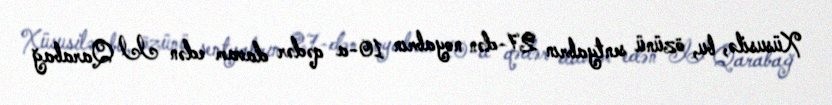
Xüsusilə, bu, özünü sentyabrın 27-dən noyabrın 10-a qədər davam edən II Qarabağ